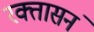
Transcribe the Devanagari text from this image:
रक्तासनं